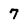
Character: 7